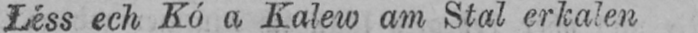
Léss ech Kó a Kalew am Stal erkalen